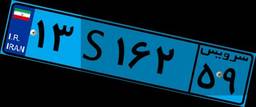
۵۳S۰۷۱۴۷